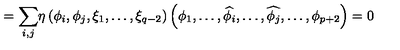
= { \displaystyle \sum _ { i , j } } \eta \left( { \phi } _ { i } , { \phi } _ { j } , \xi _ { 1 } , \ldots , { \xi } _ { q - 2 } \right) \left( { \phi } _ { 1 } , \ldots , \widehat { { \phi } _ { i } } , \ldots , \widehat { { \phi } _ { j } } , \ldots , { \phi } _ { p + 2 } \right) = 0